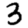
Digit: 3